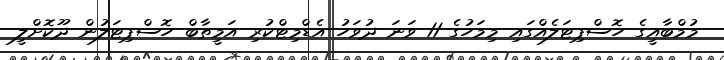
މުމްބާއީގެ ހޮސްޕިޓަލެއްގައި މިމަހުގެ 11 ވަނަ ދުވަހު އެޑްމިޓްކުރި އަމީތާބް ހޮސްޕިޓަލުން ދޫކޮށްލީ